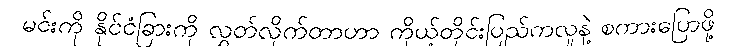
မင်းကို နိုင်ငံခြားကို လွှတ်လိုက်တာဟာ ကိုယ့်တိုင်းပြည်ကလူနဲ့ စကားပြောဖို့